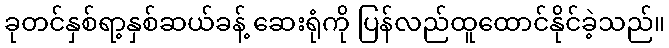
ခုတင်နှစ်ရာ့နှစ်ဆယ်ခန့် ဆေးရုံကို ပြန်လည်ထူထောင်နိုင်ခဲ့သည်။